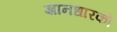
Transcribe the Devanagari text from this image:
ज्ञानधारकों